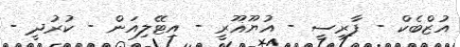
އުޒްބެކް - ފާރިސީ - އުޔޫޣޫރީ - އިޓޭލިއަން - ކުރުދީ -